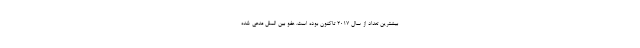
بیشترین تعداد از سال 2017 تاکنون بوده است. عفو بین الملل مدعی شده